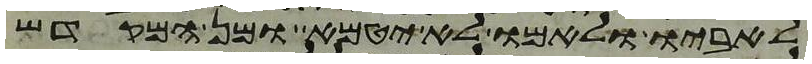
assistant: לאביו ולאמו לא יטמא ומן המקדש